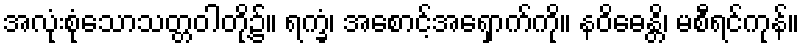
အလုံးစုံသောသတ္တဝါတို့၌။ ရက္ခံ၊ အစောင့်အရှောက်ကို။ နဝိဓေန္တိ၊ မစီရင်ကုန်။